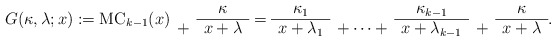
\begin{align*}G(\kappa,\lambda;x):=\mathrm{MC}_{k-1}(x)\begin{array}{cc}& \kappa \\\cline{2-2}+ & x+\lambda\end{array}=\begin{array}{ccccc}\kappa_1 & & \kappa_{k-1} & & \kappa \\\cline{1-1}\cline{3-3}\cline{5-5}x+\lambda_1 & +\cdots+ & x+\lambda_{k-1} & + &x+\lambda\end{array}.\end{align*}